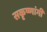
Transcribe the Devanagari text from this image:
सकृष्णांगी